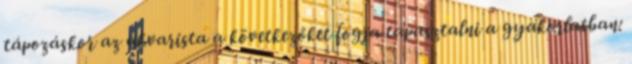
tápozáskor az akvarista a következőket fogja tapasztalni a gyakorlatban: